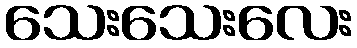
သေးသေးလေး